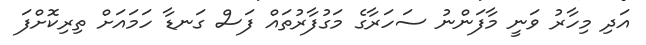
އަދި މިހާރު ވަނީ މާފަންނު ސަހަރާގެ މަގުފާރުތައް ފަސް ގަނޑާ ހަމައަށް ތިރިކޮށްފަ